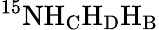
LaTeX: \mathrm{^{15}NH_{C}H_{D}H_{B}}